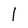
Character: l